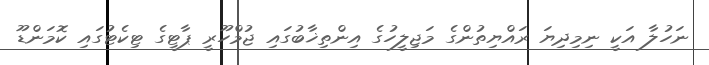
ނަހުލާ އަކީ ނިމިދިޔަ ރައްޔިތުންގެ މަޖިލީހުގެ އިންތިޚާބުގައި ޖުމްހޫރީ ޕާޓީގެ ޓިކެޓުގައި ކޮމަންޑޫ